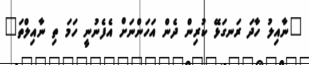
"ނާއިލު ހާދަ ރަނގަޅޭ ކުރިން ދެން އަހަންނަށް އެފެނުނީ ހަމަ ތި ނާއިލްތަ"